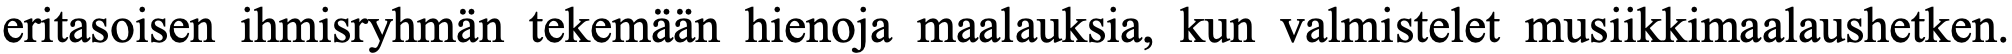
eritasoisen ihmisryhmän tekemään hienoja maalauksia, kun valmistelet musiikkimaalaushetken.